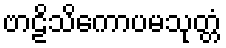
ဗာဠိသိကောပမသုတ္တံ